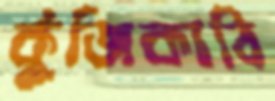
কুঁজিকাঠি